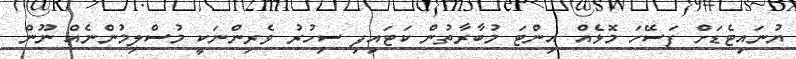
ޔުނައިޓެޑަށް ފަސޭހަ މޮޅެއް އިންޓަ މުބާރާތުން ކަޓައިފި ސިހުރު ވެރިންނަކީ މުސްލިމުންނެއް ނޫން